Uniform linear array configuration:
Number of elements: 12
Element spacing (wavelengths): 1
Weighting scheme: hann
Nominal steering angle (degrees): -30
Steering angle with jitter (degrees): -31.031
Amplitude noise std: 0.05
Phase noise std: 0.05

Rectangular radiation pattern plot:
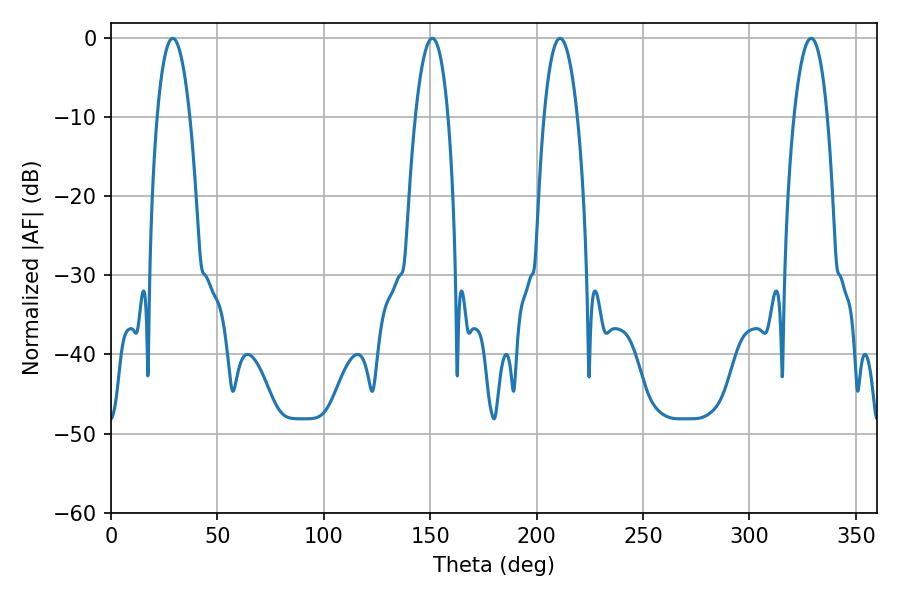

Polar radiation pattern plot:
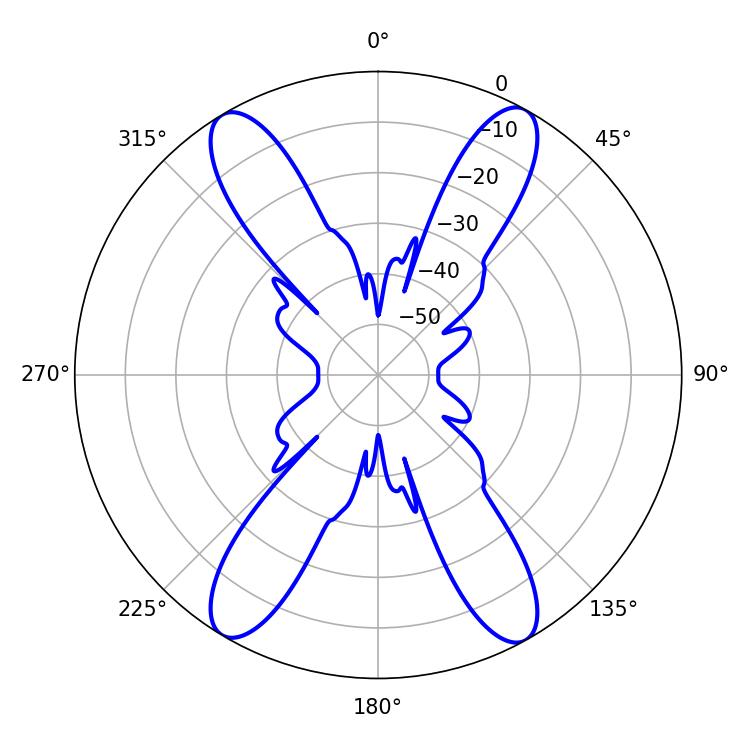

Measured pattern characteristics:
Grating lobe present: TRUE
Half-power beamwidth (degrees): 8.64
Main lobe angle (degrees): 28.98